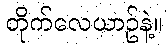
တိုက်လေယာဥ်နဲ့။